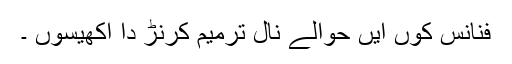
فنانس کوں ایں حوالے نال ترمیم کرنڑ دا اکھیسوں ۔